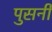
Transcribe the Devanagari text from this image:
पुसनी